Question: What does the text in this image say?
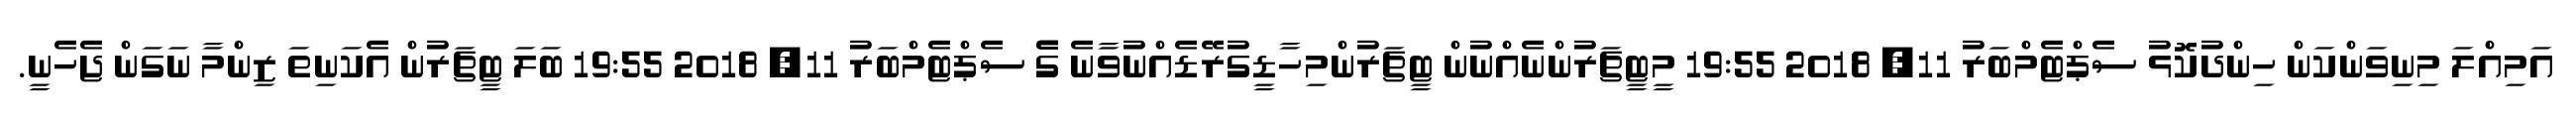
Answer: އަމިއްލަ މިނިވަންކަން ހިންދުކޮޅު ސެޕްޓެމްބަރު 11, 2018 19:55 މީޓީޗަރުންނެއްނުން ޓީޗަރުންމިހާޑީގުރޭޑެއްނުވާނެ ގެެެ ސެޕްޓެމްބަރު 11, 2018 19:55 ބަލަ ޓީޗަރުން އެކަނިތަ ޒިންމާ ނަގަން ޖެހެނީ.